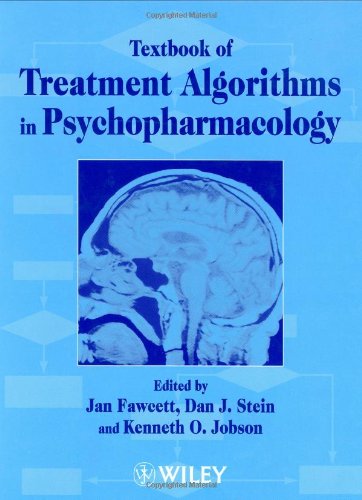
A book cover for Textbook of Treatment Algorithms in Psychopharmacology; Medical Books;